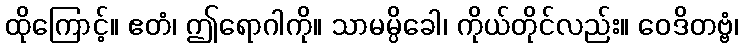
ထိုကြောင့်။ ဧတံ၊ ဤရောဂါကို။ သာမမ္ပိခေါ၊ ကိုယ်တိုင်လည်း။ ဝေဒိတဗ္ဗံ၊